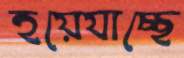
হয়েযাচ্ছে